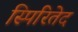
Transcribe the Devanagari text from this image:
स्पिरितेद